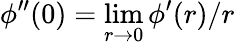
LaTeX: \phi^{\prime\prime}(0)=\operatorname*{lim}_{r\to 0}\phi^{\prime}(r)/r